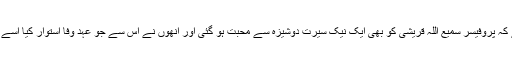
پروفیسر عبدالباری عباسی جو ان کے محرم راز رہے بتایا کرتے تھے کہ پروفیسر سمیع اللہ قریشی کو بھی ایک نیک سیرت دوشیزہ سے محبت ہو گئی اور انھوں نے اس سے جو عہد وفا استوار کیا اسے علاج گردش لیل و نہار سمجھتے ہوئے اس پر صدق دل سے عمل کیا۔